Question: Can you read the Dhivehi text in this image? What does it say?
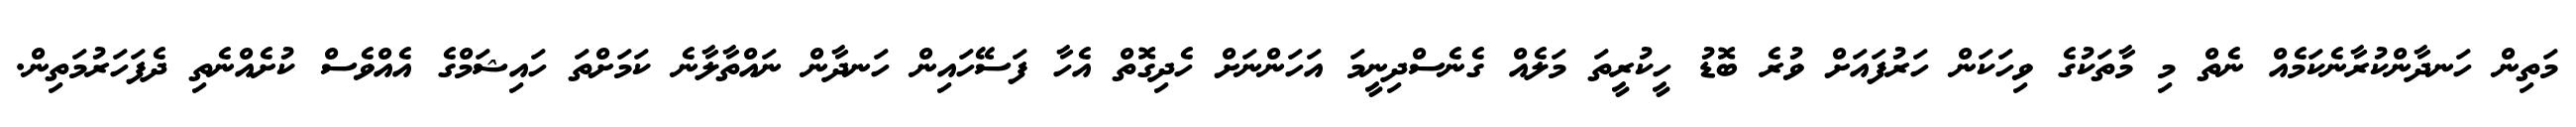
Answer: މަތިން ހަނދާންކުރާނެކަމެއް ނެތް މި މާތަކުގެ ވިހަކަން ހަރުފައަށް ވުރެ ބޮޑު ހީކުރީތަ މަލެއް ގެނެސްދިނީމަ އަހަންނަށް ހެދިގޮތް އެހާ ފަސޭހައިން ހަނދާން ނައްތާލާނެ ކަމަށްތަ ހައިޝަމްގެ އެއްވެސް ކުށެއްނެތި ދެފަހަރުމަތިން.